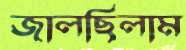
জালছিলাম